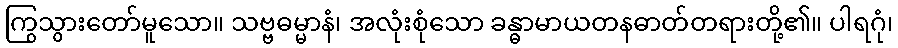
ကြွသွားတော်မူသော။ သဗ္ဗဓမ္မာနံ၊ အလုံးစုံသော ခန္ဓာမာယတနဓာတ်တရားတို့၏။ ပါရဂုံ၊